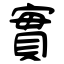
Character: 實